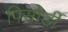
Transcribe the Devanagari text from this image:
पिसोर्डी